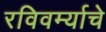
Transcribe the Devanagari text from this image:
रविवर्म्याचे